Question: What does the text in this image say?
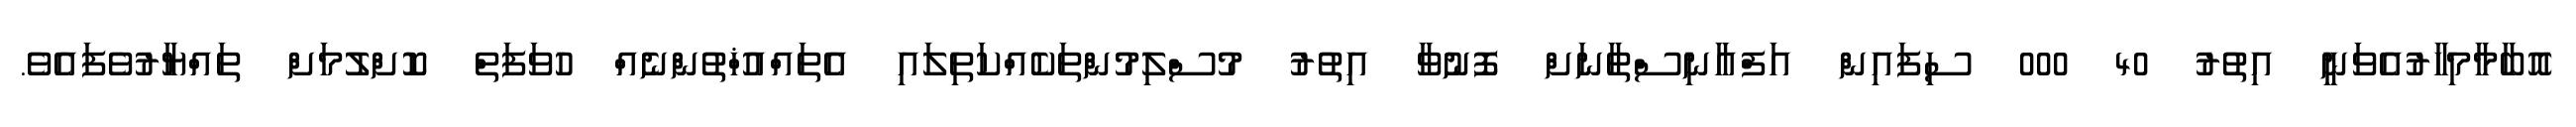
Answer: އޮބާމާމިހާރުއެވަނީ އިތުރު 40 000 ސިފައިން އަފްޣާނިސްތާނަށް ފޮނުވާ އިތުރު މުސްލިމުންތަކެއްކަތިލައި އެތައްއުޚްތުންނެއް ހުވަފަތް ކޮށްލުމަށް ތައްޔާރުވެފައެވެ.